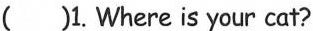
() 1. Where is your cat? ( )2.Is he drinking water? ( )3.CanⅠtake him to the park? ( )4. Whose book is this? ( )5.What is the monkey doing? A.It's running. B.It's John's. C. No, he's eating. D.Yes, of course. E.It's in the bedroom.